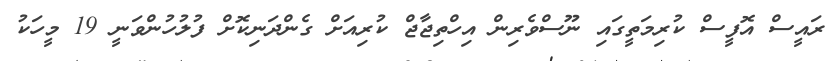
ރައީސް އޮފީސް ކުރިމަތީގައި ނޫސްވެރިން އިހްތިޖާޖް ކުރިއަށް ގެންދަނިކޮށް ފުލުހުންވަނީ 19 މީހަކު